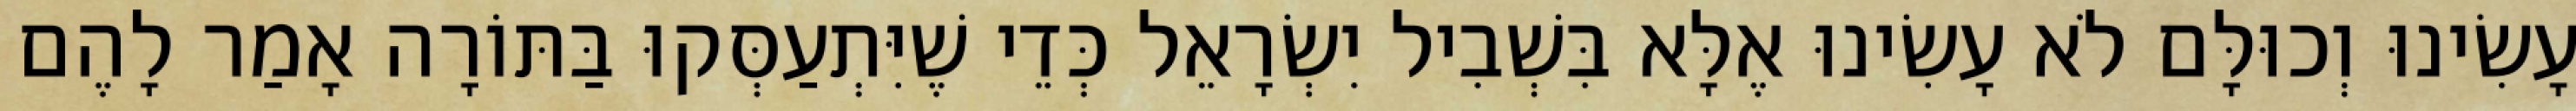
עָשִׂינוּ וְכוּלָּם לֹא עָשִׂינוּ אֶלָּא בִּשְׁבִיל יִשְׂרָאֵל כְּדֵי שֶׁיִּתְעַסְּקוּ בַּתּוֹרָה אָמַר לָהֶם